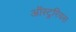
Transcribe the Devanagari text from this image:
ऑस्टुरियस